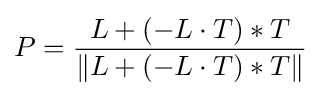
P={\frac {L+(-L\cdot T)*T}{\|L+(-L\cdot T)*T\|}}